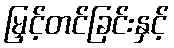
မြှင့်တင်ခြင်းနှင့်